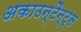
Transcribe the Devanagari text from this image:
अकाउन्टैन्ट्स